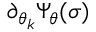
\partial _ { \theta _ { k } } \Psi _ { \theta } ( \sigma )